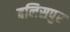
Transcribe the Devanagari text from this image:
बलिसपुर